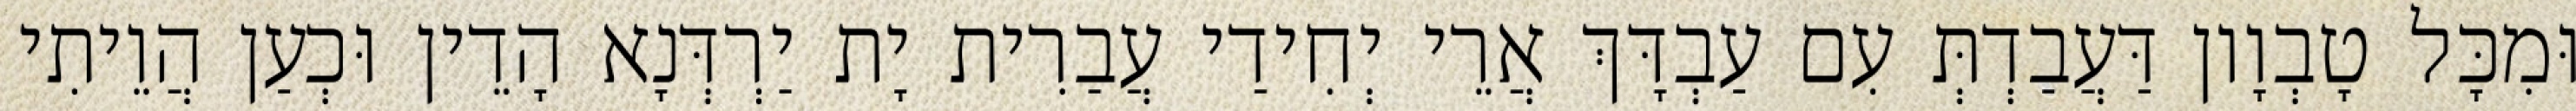
וּמִכָּל טָבְוָון דַּעֲבַדְתְּ עִם עַבְדָּךְ אֲרֵי יְחִידַי עֲבַרִית יָת יַרְדְּנָא הָדֵין וּכְעַן הֲוֵיתִי